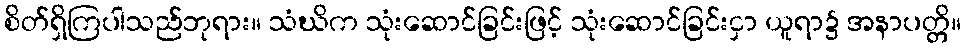
စိတ်ရှိကြပါသည်ဘုရား။ သံဃိက သုံးဆောင်ခြင်းဖြင့် သုံးဆောင်ခြင်းငှာ ယူရာ၌ အနာပတ္တိ။